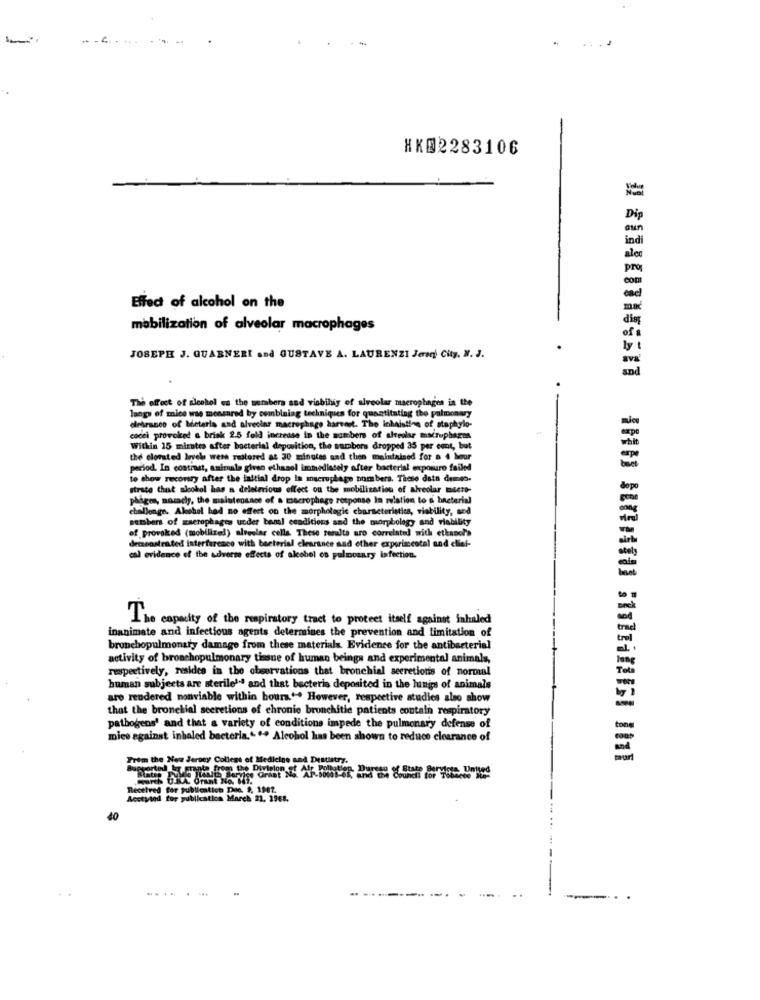
.........
..
HKD2283106
Effect of alcohol on the
mobilization of alveolar macrophages
JOSEPH J. GUARNERI and GUSTAVE A. LAURENZI Jersey City, N. J.
The effect of alcohol es the numbers sad viabiliy of alveolar macrophages in the
langs of mice was mensared by combining techniques for quaztitating tho pulmonary
dletranco of Meterla and alveolar macrophago harvest. The inhalatins of staphylo-
cocei provoked & brisk 2.5 fold increase in the numbers of alveolar macrophages
Within 15 minutes after bacterial deposition, the numbers dropped 35 per cent, but
the clorsted levels were restored at 30 minutes and then maintained for a 4 hour
period. In contrast, animals given ethanol immediately after bacterial exposure failed
to show recovery after the initial drop in macrophage numbers. These data demes-
strate that alcohol has a deleterious effect on the mobilization of alveolar mActo-
phages, nazachy, the maintenance of a macrophage response In relation to a bacterial
challenge. Akshel had no effect on the morphologie characteristics, viability, and
members of macrophages under beml conditions and the morphology and viability
of provoked (mobilized) alveolar cella These results aro correlated with ethanol'a
deczonstrated interference with bacterial clearance sad other exporiscotal and clief-
cal evidence of the adverse effects of alcohol os pulmonary infection.
The capacity of the respiratory tract to protect itself against inhaled
inanimate and infectious agents determines the prevention and limitation of
bronebopulmonary damage from these materials. Evidence for the antibacterial
activity of bronchopulmonary tissue of human beings and experimental animals,
respectively, resides in the observations that bronchial secretions of normal
human subjects are sterilel" and that bacteris deposited in the lungs of animals
aro rendered nonviable within hours ** However, respective studies also show
that the bronelial secretions of chronic bronchitie patients contain respiratory
pathogens' and that a variety of conditions impede the pulmonary defense of
mice against inhaled bacteria." "" Alcohol has been shown to reduce clearance of
From the New Jersey College of Medicine and Dentistry
for publication Doc. 9. 1962.
id for publication March 21. 1968.
40
........